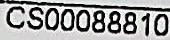
CS00088810